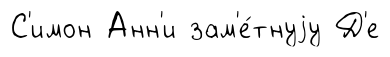
С'имон Анн'и зам'е́тнуjу Д'е